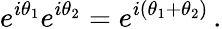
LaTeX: e^{i\theta_{1}}e^{i\theta_{2}}=e^{i(\theta_{1}+\theta_{2})}\, .